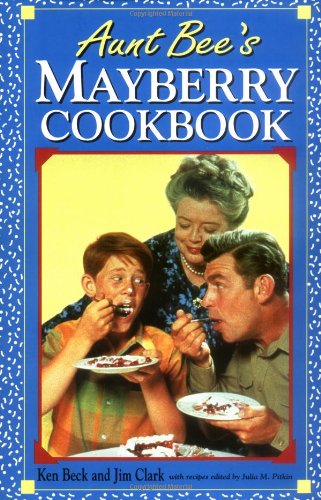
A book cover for Aunt Bee's Mayberry Cookbook; Ken Beck; Cookbooks, Food & Wine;